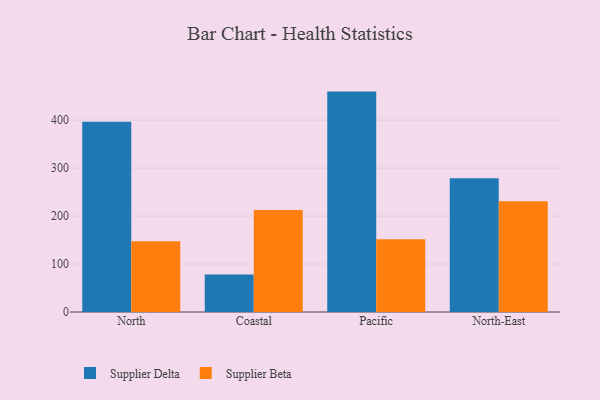
{"axis": {"x": "Region", "y": "Production Output"}, "legend": ["Supplier Beta", "Supplier Delta"], "data": [{"x": "North", "y": 396.7, "type": "Supplier Delta"}, {"x": "North", "y": 147.7, "type": "Supplier Beta"}, {"x": "Coastal", "y": 78.1, "type": "Supplier Delta"}, {"x": "Coastal", "y": 212.6, "type": "Supplier Beta"}, {"x": "Pacific", "y": 459.5, "type": "Supplier Delta"}, {"x": "Pacific", "y": 151.9, "type": "Supplier Beta"}, {"x": "North-East", "y": 278.8, "type": "Supplier Delta"}, {"x": "North-East", "y": 231.0, "type": "Supplier Beta"}]}